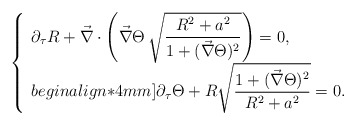
\begin{align*}\left\{\begin{array}{c}\partial_{\tau}R+\vec\nabla\cdot\left(\vec\nabla\Theta\,\sqrt{\displaystyle\frac{R^2+a^2}{1+(\vec\nabla\Theta)^2}}\right)=0,\hfill\\begin{align*}4mm]\partial_{\tau}\Theta+R\sqrt{\displaystyle\frac{1+(\vec\nabla\Theta)^2}{R^2+a^2}}=0.\hfill\\ \end{array}\right. \end{align*}